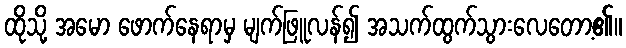
ထိုသို့ အမော ဖောက်နေရာမှ မျက်ဖြူလန်၍ အသက်ထွက်သွားလေတော့၏။